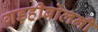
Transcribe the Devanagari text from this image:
गड़हीबोलनी